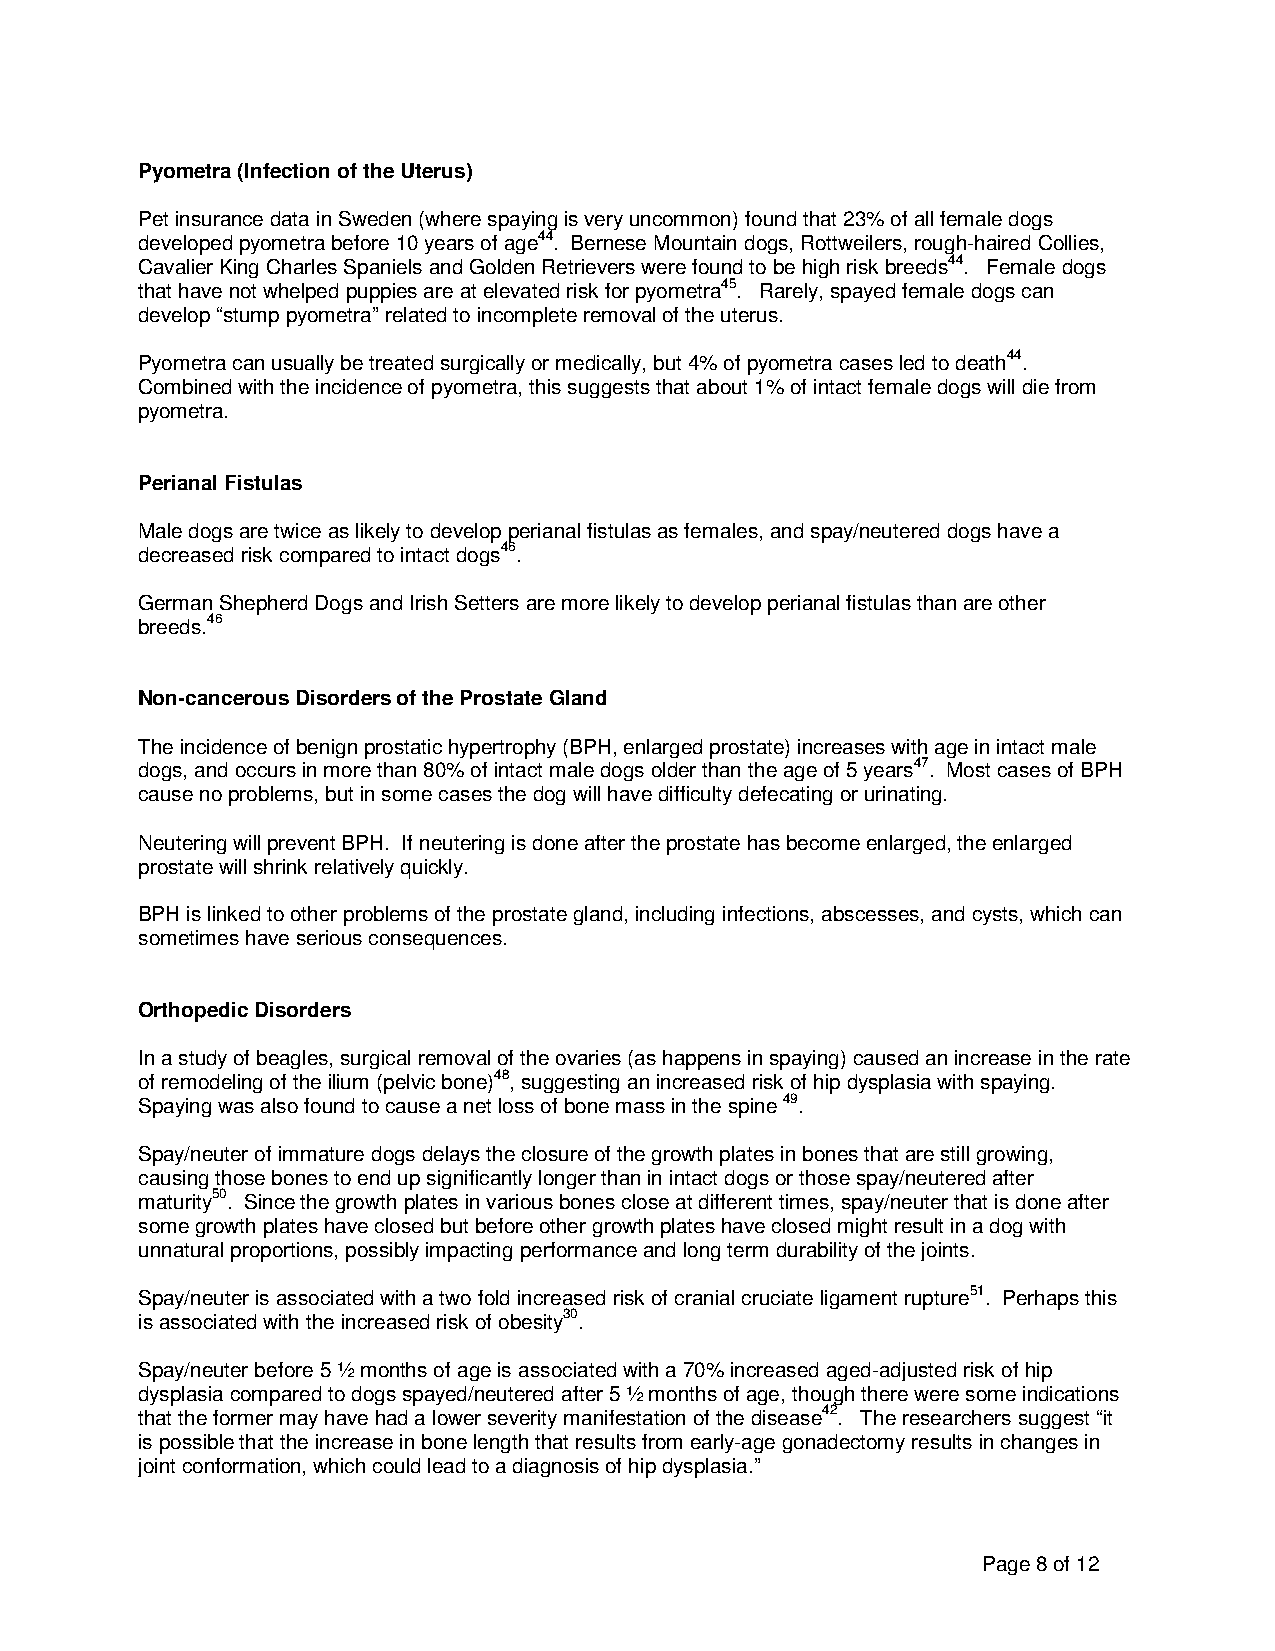
Pyometra (Infection of the Uterus)
 Pet insurance data in Sweden (where spaying is very uncommon) found that 23% of all female dogs
 developed pyometra before 10 years of age44. Bernese Mountain dogs, Rottweilers, rough-haired Collies,
 Cavalier King Charles Spaniels and Golden Retrievers were found to be high risk breeds44. Female dogs
 that have not whelped puppies are at elevated risk for pyometra45. Rarely, spayed female dogs can
 develop “stump pyometra” related to incomplete removal of the uterus.
 Pyometra can usually be treated surgically or medically, but 4% of pyometra cases led to death44.
 Combined with the incidence of pyometra, this suggests that about 1% of intact female dogs will die from
 pyometra.
 Perianal Fistulas
 Male dogs are twice as likely to develop perianal fistulas as females, and spay/neutered dogs have a
 decreased risk compared to intact dogs46.
 German Shepherd Dogs and Irish Setters are more likely to develop perianal fistulas than are other
 breeds.46
 Non-cancerous Disorders of the Prostate Gland
 The incidence of benign prostatic hypertrophy (BPH, enlarged prostate) increases with age in intact male
 dogs, and occurs in more than 80% of intact male dogs older than the age of 5 years47. Most cases of BPH
 cause no problems, but in some cases the dog will have difficulty defecating or urinating.
 Neutering will prevent BPH. If neutering is done after the prostate has become enlarged, the enlarged
 prostate will shrink relatively quickly.
 BPH is linked to other problems of the prostate gland, including infections, abscesses, and cysts, which can
 sometimes have serious consequences.
 Orthopedic Disorders
 In a study of beagles, surgical removal of the ovaries (as happens in spaying) caused an increase in the rate
 of remodeling of the ilium (pelvic bone)48, suggesting an increased risk of hip dysplasia with spaying.
 Spaying was also found to cause a net loss of bone mass in the spine 49.
 Spay/neuter of immature dogs delays the closure of the growth plates in bones that are still growing,
 causing those bones to end up significantly longer than in intact dogs or those spay/neutered after
 maturity50. Since the growth plates in various bones close at different times, spay/neuter that is done after
 some growth plates have closed but before other growth plates have closed might result in a dog with
 unnatural proportions, possibly impacting performance and long term durability of the joints.
 Spay/neuter is associated with a two fold increased risk of cranial cruciate ligament rupture51. Perhaps this
 is associated with the increased risk of obesity30.
 Spay/neuter before 5 ½ months of age is associated with a 70% increased aged-adjusted risk of hip
 dysplasia compared to dogs spayed/neutered after 5 ½ months of age, though there were some indications
 that the former may have had a lower severity manifestation of the disease42. The researchers suggest “it
 is possible that the increase in bone length that results from early-age gonadectomy results in changes in
 joint conformation, which could lead to a diagnosis of hip dysplasia.”
 Page 8 of 12